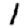
Digit: 1